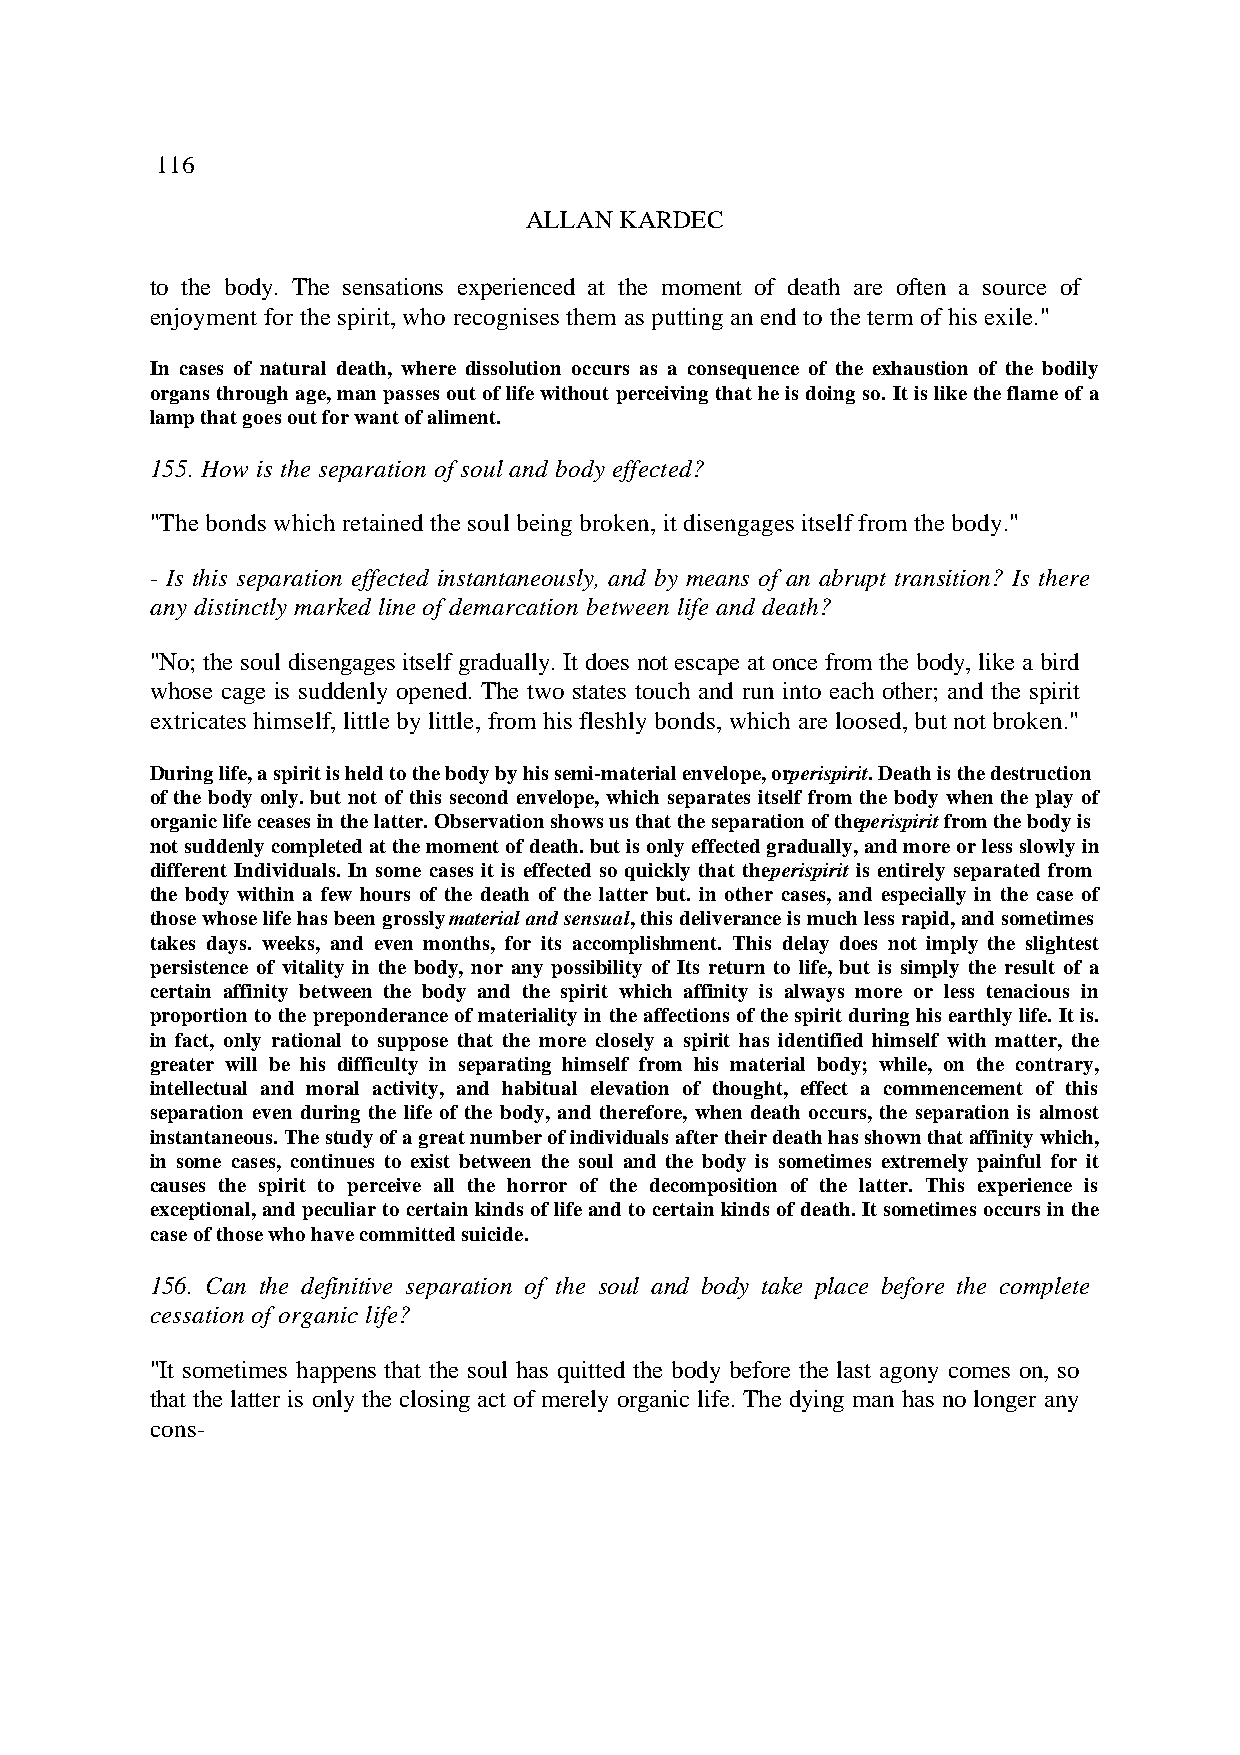
116
 ALLAN KARDEC
 to the body. The sensations experienced at the moment of death are often a source of
 enjoyment for the spirit, who recognises them as putting an end to the term of his exile."
 In cases of natural death, where dissolution occurs as a consequence of the exhaustion of the bodily
 organs through age, man passes out of life without perceiving that he is doing so. It is like the flame of a
 lamp that goes out for want of aliment.
 155. How is the separation of soul and body effected?
 "The bonds which retained the soul being broken, it disengages itself from the body."
 - Is this separation effected instantaneously, and by means of an abrupt transition? Is there
 any distinctly marked line of demarcation between life and death?
 "No; the soul disengages itself gradually. It does not escape at once from the body, like a bird
 whose cage is suddenly opened. The two states touch and run into each other; and the spirit
 extricates himself, little by little, from his fleshly bonds, which are loosed, but not broken."
 During life, a spirit is held to the body by his semi-material envelope, or perispirit. Death is the destruction
 of the body only. but not of this second envelope, which separates itself from the body when the play of
 organic life ceases in the latter. Observation shows us that the separation of the perispirit from the body is
 not suddenly completed at the moment of death. but is only effected gradually, and more or less slowly in
 different Individuals. In some cases it is effected so quickly that the perispirit is entirely separated from
 the body within a few hours of the death of the latter but. in other cases, and especially in the case of
 those whose life has been grossly material and sensual, this deliverance is much less rapid, and sometimes
 takes days. weeks, and even months, for its accomplishment. This delay does not imply the slightest
 persistence of vitality in the body, nor any possibility of Its return to life, but is simply the result of a
 certain affinity between the body and the spirit which affinity is always more or less tenacious in
 proportion to the preponderance of materiality in the affections of the spirit during his earthly life. It is.
 in fact, only rational to suppose that the more closely a spirit has identified himself with matter, the
 greater will be his difficulty in separating himself from his material body; while, on the contrary,
 intellectual and moral activity, and habitual elevation of thought, effect a commencement of this
 separation even during the life of the body, and therefore, when death occurs, the separation is almost
 instantaneous. The study of a great number of individuals after their death has shown that affinity which,
 in some cases, continues to exist between the soul and the body is sometimes extremely painful for it
 causes the spirit to perceive all the horror of the decomposition of the latter. This experience is
 exceptional, and peculiar to certain kinds of life and to certain kinds of death. It sometimes occurs in the
 case of those who have committed suicide.
 156. Can the definitive separation of the soul and body take place before the complete
 cessation of organic life?
 "It sometimes happens that the soul has quitted the body before the last agony comes on, so
 that the latter is only the closing act of merely organic life. The dying man has no longer any
 cons-